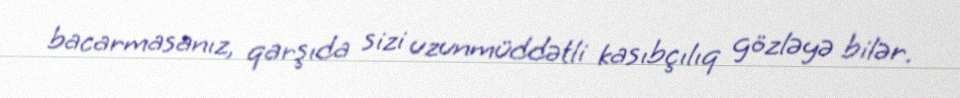
bacarmasanız, qarşıda sizi uzunmüddətli kasıbçılıq gözləyə bilər.